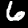
Digit: 6